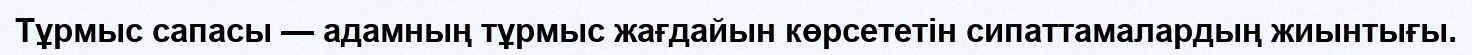
Тұрмыс сапасы — адамның тұрмыс жағдайын көрсететін сипаттамалардың жиынтығы.